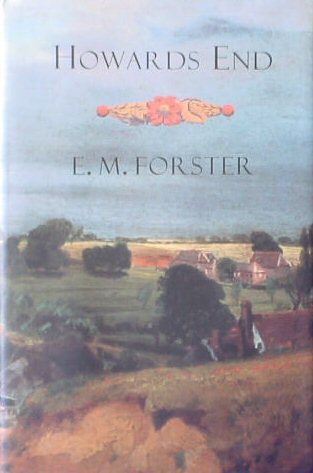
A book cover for Howards End; Forster E. M.; Crafts, Hobbies & Home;